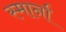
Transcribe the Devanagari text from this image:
स्मार्ना